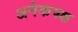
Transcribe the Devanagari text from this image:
अनेकपक्ष